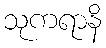
သုကရာနိ